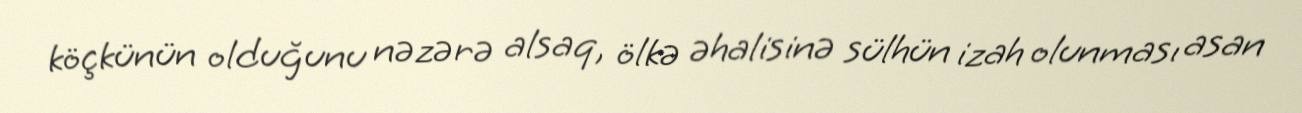
köçkünün olduğunu nəzərə alsaq, ölkə əhalisinə sülhün izah olunması asan